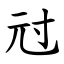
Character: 㝴